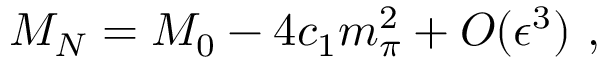
M _ { N } = M _ { 0 } - 4 c _ { 1 } m _ { \pi } ^ { 2 } + { \cal O } ( \epsilon ^ { 3 } ) \, \, ,